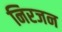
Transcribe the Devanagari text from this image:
निरजन